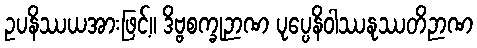
ဥပနိဿယအားဖြင့်။ ဒိဗ္ဗစက္ခုဉာဏ ပုပ္ပေနိဝါဿနုဿတိဉာဏ